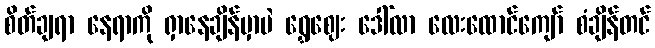
စိတ်ချရာ နေရာကို ရှာနေချိန်မှာပဲ ရွှေဈေး ဒေါ်လာ လေးထောင်ကျော် စံချိန်တင်